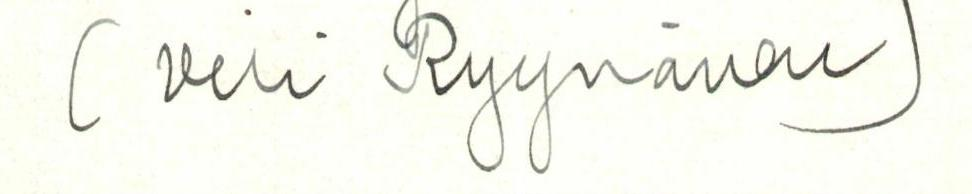
(Vili Ryynänen)